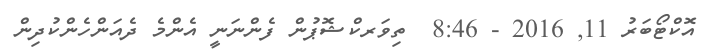
އޮކްޓޯބަރު 11